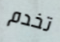
تخدم